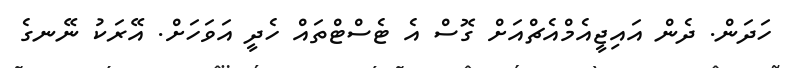
ހަދަން. ދެން އައިޖީއެމްއެޗްއަށް ގޮސް އެ ޓެސްޓްތައް ހެދީ އަވަހަށް. އޭރަކު ނޭނގެ